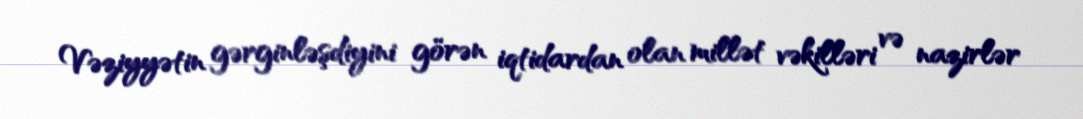
Vəziyyətin gərginləşdiyini görən iqtidardan olan millət vəkilləri və nazirlər